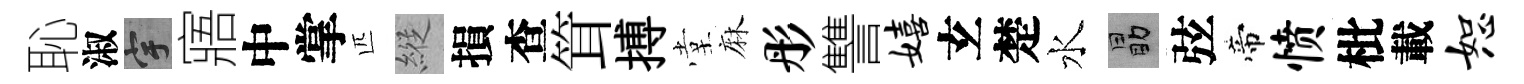
恥淑宇寤中掌匹縱損查䇯搏堂麻彤讐嬉𤣥楚水勗弦帝愤枇載恕